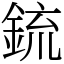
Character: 鋶